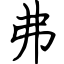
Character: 弗